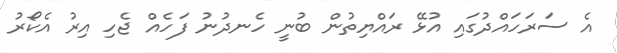
އެ ސަރަހައްދުގައި އުޅޭ ރައްޔިތުން ބުނީ ހެނދުނު ފަހެއް ޖެހި އިރު އެކޯރު